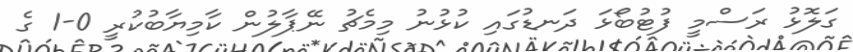
ގަލޮޅު ރަސްމީ ފުޓުބޯޅަ ދަނޑުގައި ކުޅުނު މިމެޗު ނޭޕާލުން ކާމިޔާބުކުރީ 0-1 ގެ